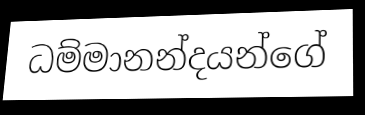
ධම්මානන්දයන්ගේ